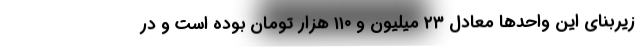
زیربنای این واحدها معادل ۲۳ میلیون و ۱۱۰ هزار تومان بوده است و در